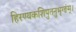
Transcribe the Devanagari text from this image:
हिरण्यकशिपुतनुभृग्ङंम्।